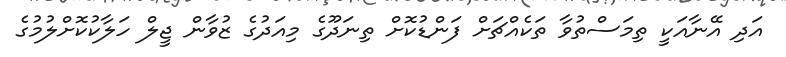
އަދި އޭނާއަކީ ތިމަސްތުވާ ތަކެއްޗަށް ފަންޑުކޮށް ތިނަދޫގެ މިއަދުގެ ޒުވާން ޖީލް ހަލާކުކޮށްލުމުގެ